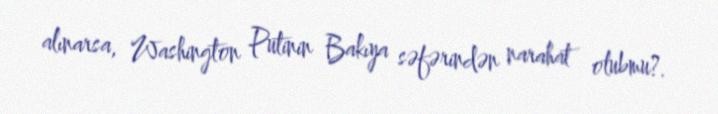
alınarsa, Washington Putinin Bakıya səfərindən narahat olubmu?.